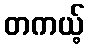
တကယ့်